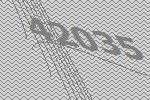
42035